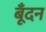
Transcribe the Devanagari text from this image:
बूँदन